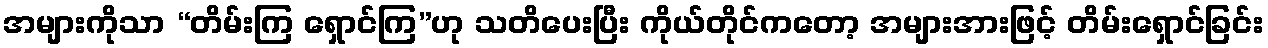
အများကိုသာ “တိမ်းကြ ရှောင်ကြ”ဟု သတိပေးပြီး ကိုယ်တိုင်ကတော့ အများအားဖြင့် တိမ်းရှောင်ခြင်း